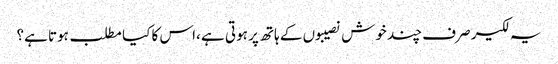
یہ لکیر صرف چند خوش نصیبوں کے ہاتھ پر ہوتی ہے ،اس کا کیا مطلب ہوتا ہے؟